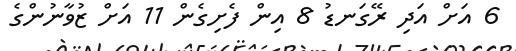
6 އަށް އަދި ރޭގަނޑު 8 އިން ފެށިގެން 11 އަށް ޒުވާނުންގެ